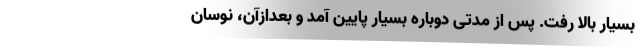
بسیار بالا رفت. پس از مدتی دوباره بسیار پایین آمد و بعدازآن، نوسان‌